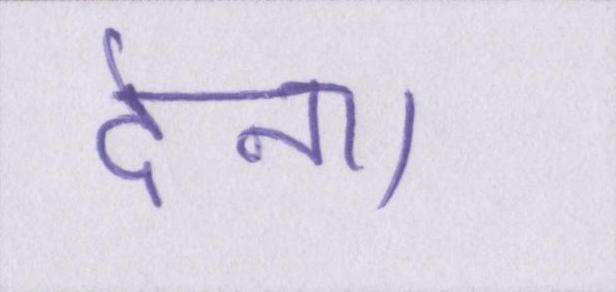
देना।